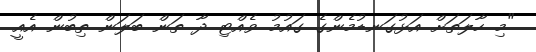
"މި ހާލަތަށް އަޅުގަނޑުމެންގެ ގައުމު ވެއްޓި ދާ ތަން ބަލަން ތިބުން އެއީ